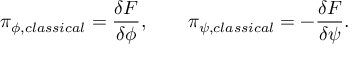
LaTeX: \pi _ { \phi , c l a s s i c a l } = { \frac { \delta F } { \delta \phi } } , \qquad \pi _ { \psi , c l a s s i c a l } = - { \frac { \delta F } { \delta \psi } } .